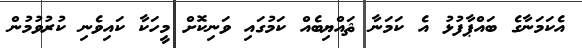
އެކަމަނާގެ ބައްޕާފުޅު އެ ކަމަނާ ޘައްޔިބެއް ކަމުގައި ވަނިކޮށް މީހަކާ ކައިވެނި ކުރުވުމުން